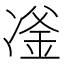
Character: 𪞪